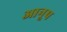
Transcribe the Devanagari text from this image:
आनूप